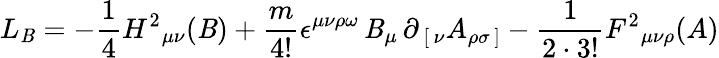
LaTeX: L_{\mathit{B}}=-{\frac{{1}}{{4}}}H^{2}{}_{\mu\nu}(\mathit{B})+{\frac{{m}}{{4!}}}\epsilon^{\mu\nu\rho\omega}\, \mathit{B}_{\mu}\, \partial_{\, [\, \nu}A_{\rho\sigma\, ]}-{\frac{{1}}{{2\cdot3!}}}F^{2}{}_{\mu\nu\rho}(A)